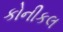
કોનીકલ